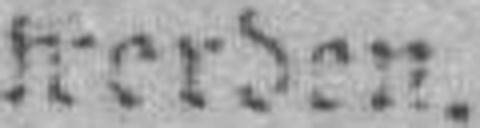
werden.